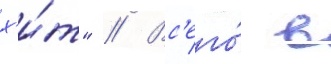
х'и́т" // Вс'его́ в